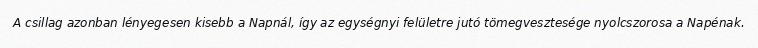
A csillag azonban lényegesen kisebb a Napnál, így az egységnyi felületre jutó tömegvesztesége nyolcszorosa a Napénak.